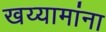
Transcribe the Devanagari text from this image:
खय्यामांना